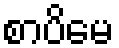
စာပိမေ